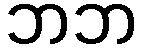
ဘဘ